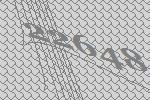
22648